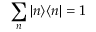
\sum _ { n } | n \rangle \langle n | = 1